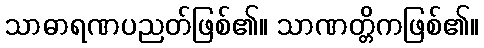
သာဓာရဏပညတ်ဖြစ်၏။ သာဏတ္တိကဖြစ်၏။